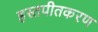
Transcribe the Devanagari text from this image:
हस्तपीतकरण